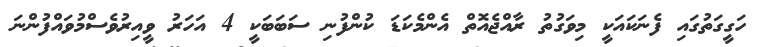
ހަގީގަތުގައި ފެނަކައަކީ މިވަގުތު ރާއްޖެއޮތް އެންމެކަޑަ ކުންފުނި ސަބަބަކީ 4 އަހަރު ވީއިރުވެސްްމުވައްފުންނަ